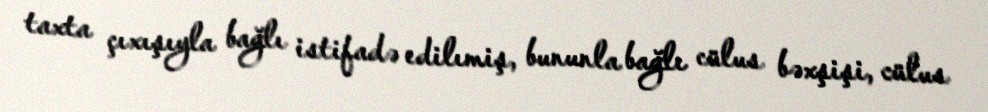
taxta çıxışıyla bağlı istifadə edilımiş, bununla bağlı cülus bəxşişi, cülus